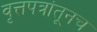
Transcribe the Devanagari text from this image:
वृत्तपत्रांतूनच